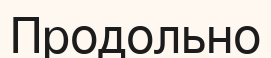
Продольно